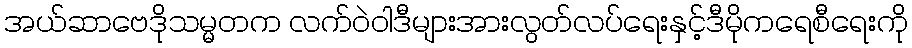
အယ်ဆာဗေဒိုသမ္မတက လက်ဝဲဝါဒီများအားလွတ်လပ်ရေးနှင့်ဒီမိုကရေစီရေးကို